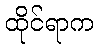
ထိုင်ရာက